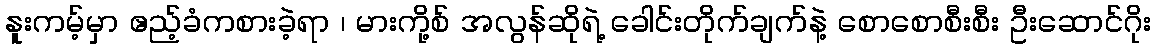
နူးကမ့်မှာ ဧည့်ခံကစားခဲ့ရာ ၊ မားကို့စ် အလွန်ဆိုရဲ့ ခေါင်းတိုက်ချက်နဲ့ စောစောစီးစီး ဦးဆောင်ဂိုး